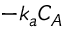
- k _ { a } C _ { A }